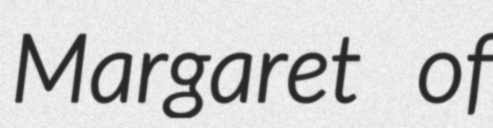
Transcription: Margaret of